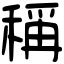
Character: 稱